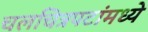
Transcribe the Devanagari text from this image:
चलचित्रपटांमध्ये